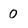
Character: 0